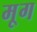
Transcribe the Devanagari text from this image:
मृ्ग